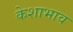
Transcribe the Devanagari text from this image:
केशाभाव